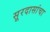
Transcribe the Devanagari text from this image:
सूरदासांचा